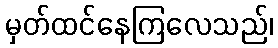
မှတ်ထင်နေကြလေသည်၊